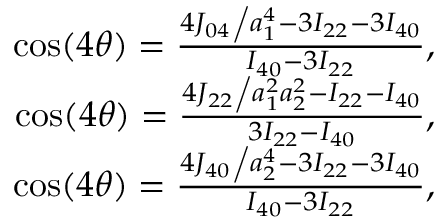
\begin{array} { r } { \cos ( 4 \theta ) = \frac { { { { 4 { J _ { 0 4 } } } \mathord { \left/ { \vphantom { { 4 { J _ { 0 4 } } } { a _ { 1 } ^ { 4 } } } } \right. \kern - \nulldelimiterspace } { a _ { 1 } ^ { 4 } } } - 3 { I _ { 2 2 } } - 3 { I _ { 4 0 } } } } { { { I _ { 4 0 } } - 3 { I _ { 2 2 } } } } , } \\ { \cos ( 4 \theta ) = \frac { { { { 4 { J _ { 2 2 } } } \mathord { \left/ { \vphantom { { 4 { J _ { 2 2 } } } { a _ { 1 } ^ { 2 } a _ { 2 } ^ { 2 } } } } \right. \kern - \nulldelimiterspace } { a _ { 1 } ^ { 2 } a _ { 2 } ^ { 2 } } } - { I _ { 2 2 } } - { I _ { 4 0 } } } } { { 3 { I _ { 2 2 } } - { I _ { 4 0 } } } } , } \\ { \cos ( 4 \theta ) = \frac { { { { 4 { J _ { 4 0 } } } \mathord { \left/ { \vphantom { { 4 { J _ { 4 0 } } } { a _ { 2 } ^ { 4 } } } } \right. \kern - \nulldelimiterspace } { a _ { 2 } ^ { 4 } } } - 3 { I _ { 2 2 } } - 3 { I _ { 4 0 } } } } { { { I _ { 4 0 } } - 3 { I _ { 2 2 } } } } , } \end{array}